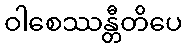
ဝါစေဿန္တီတိပေ